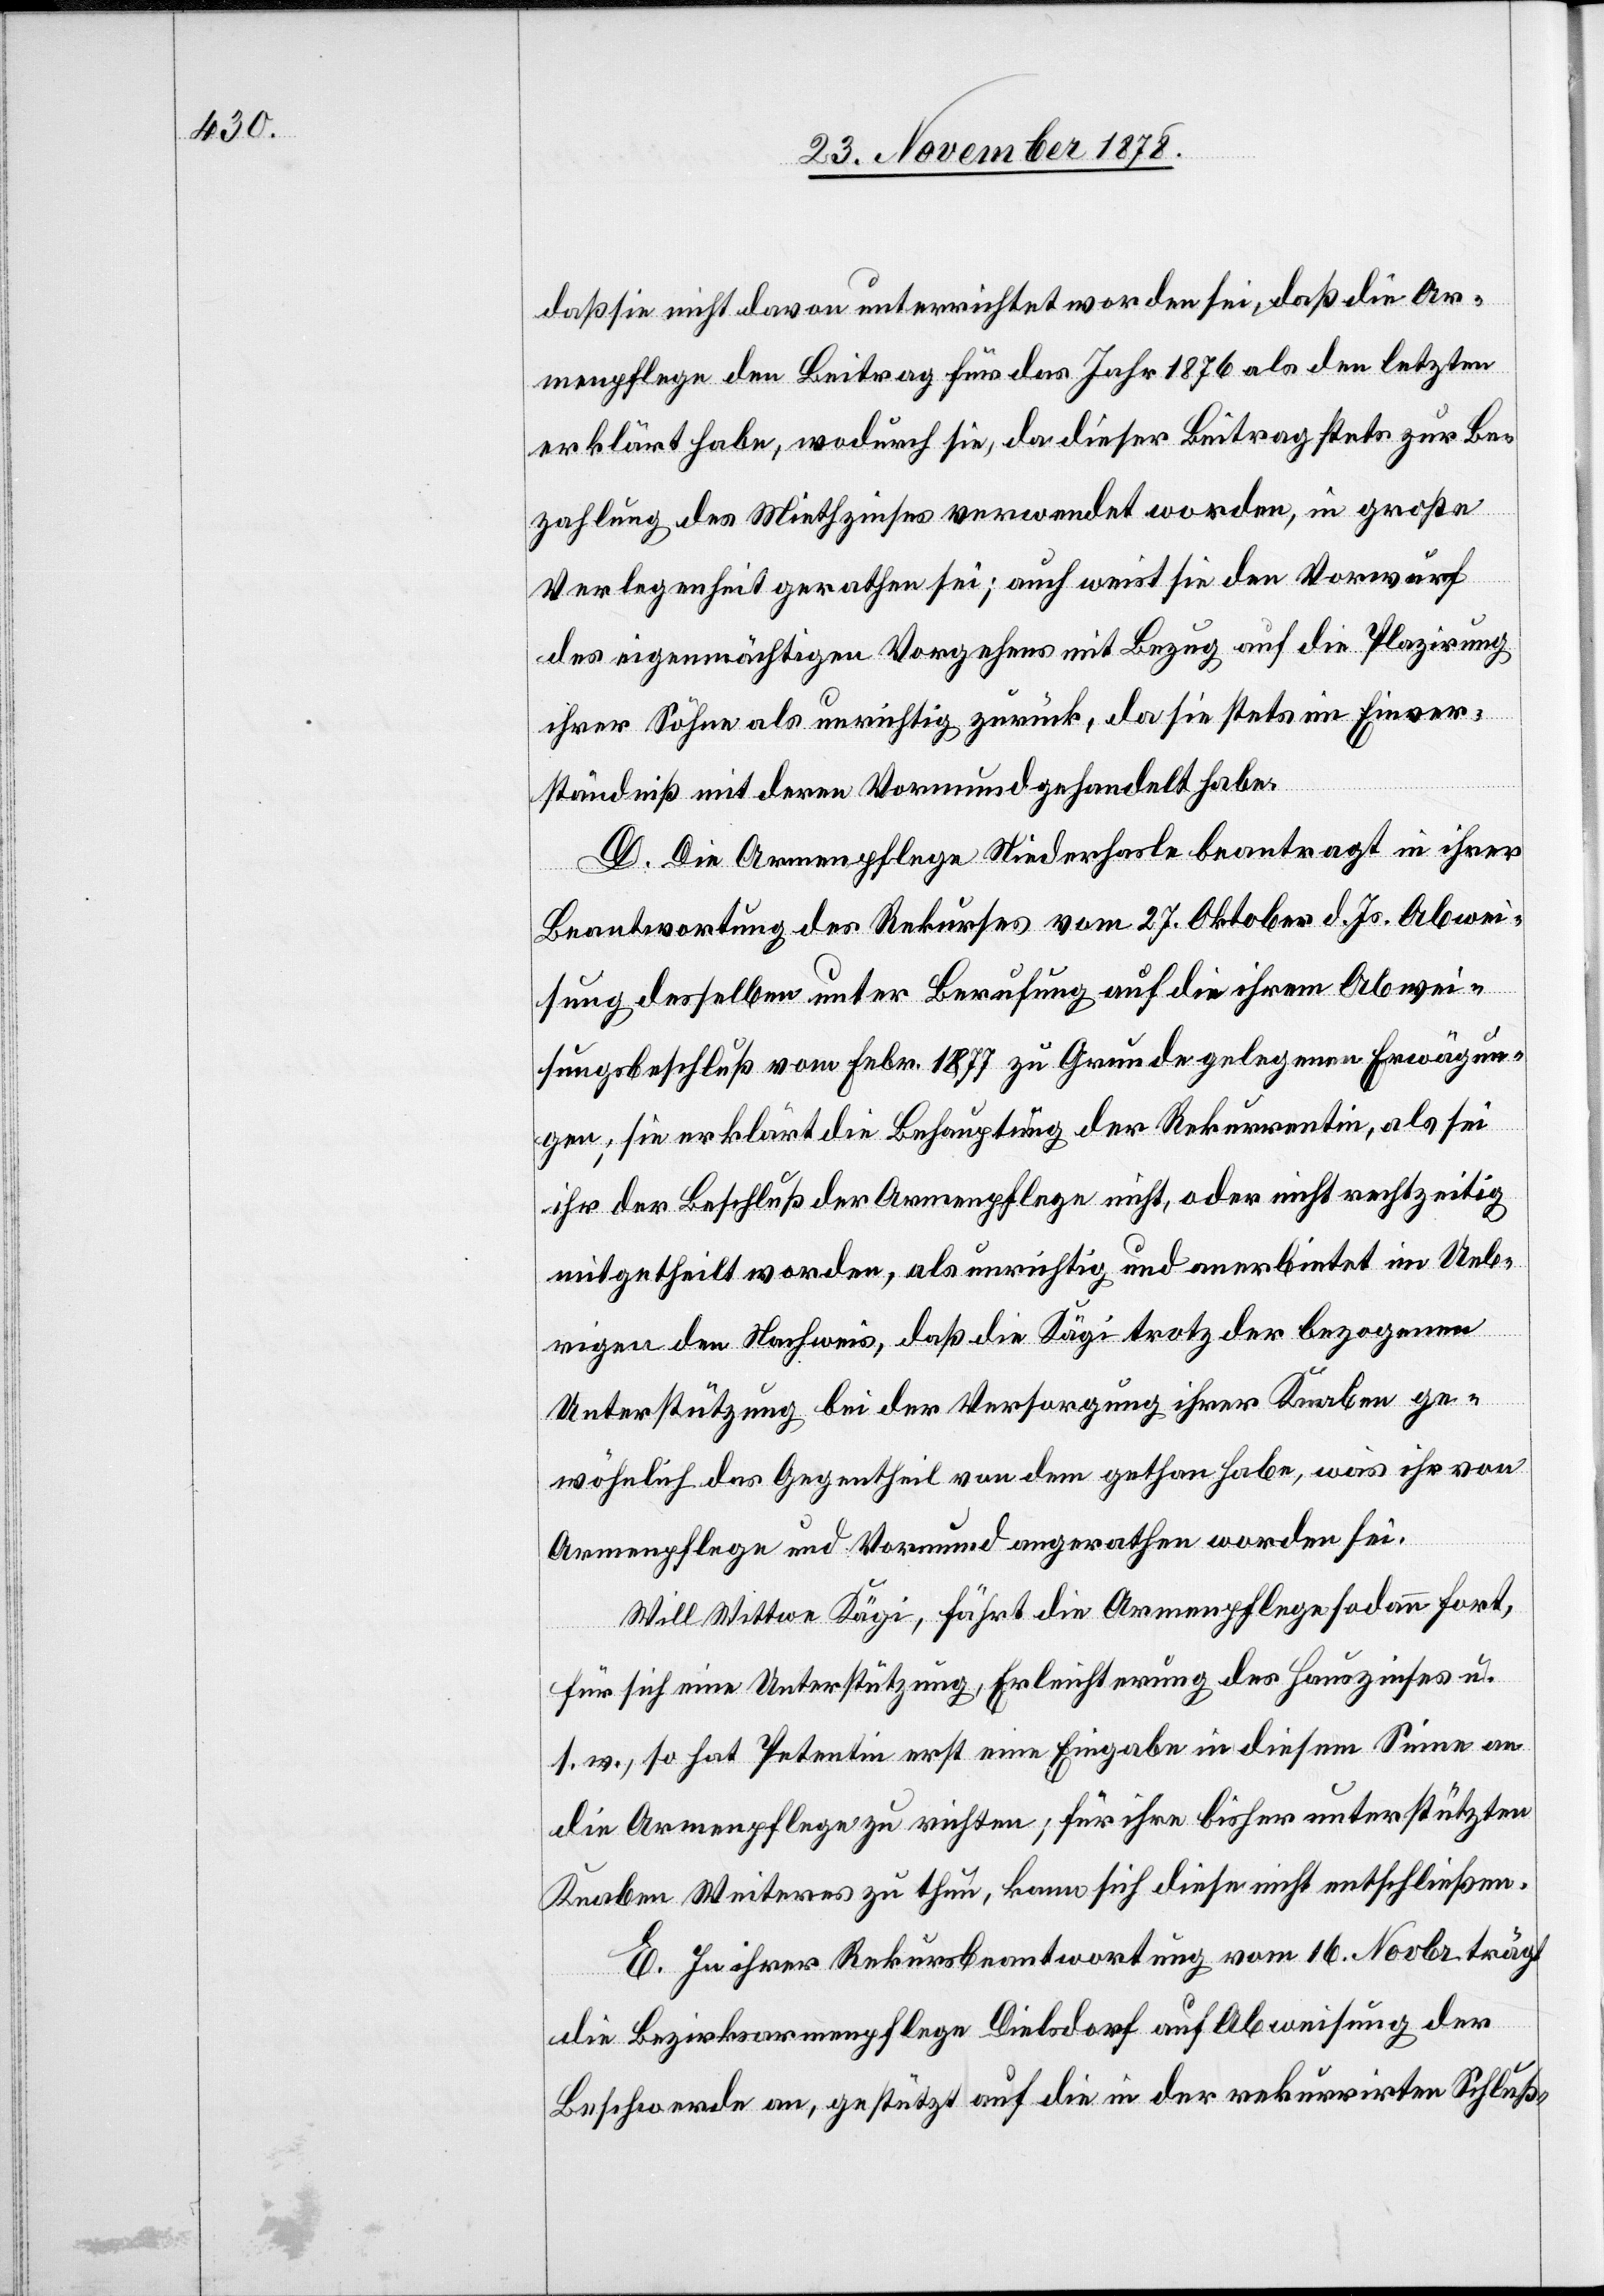
daß sie nicht davon unterrichtet worden sei, daß die Ar¬
menpflege den Beitrag für das Jahr 1876 als den letzten
erklärt habe, wodurch sie, da dieser Beitrag stets zur Be¬
zahlung des Miethzinses verwendet worden, in große
Verlegenheit gerathen sei; auch weist sie den Vorwurf
des eigenmächtigen Vorgehens mit Bezug auf die Plazirung
ihrer Söhne als unrichtig zurück, da sie stets im Einver¬
ständniß mit deren Vormund gehandelt habe.
D. Die Armenpflege Niederhasle beantragt in ihrer
Beantwortung des Rekurses vom 27. Oktober d. Js. Abwei¬
sung desselben unter Berufung auf die ihrem Abwei¬
sungsbeschluß vom Febr. 1877 zu Grunde gelegenen Erwägun¬
gen, sie erklärt die Behauptung der Rekurrentin, als sei
ihr der Beschluß der Armenpflege nicht, oder nicht rechtzeitig
mitgetheilt worden, als unrichtig und anerbietet im Ueb¬
rigen den Nachweis, daß die Kägi trotz der bezogenen
Unterstützung bei der Versorgung ihrer Knaben ge¬
wöhnlich das Gegentheil von dem gethan habe, was ihr von
Armenpflege und Vormund gerathen worden sei.
Will Wittwe Kägi, fährt die Armenpflege sodann fort,
für sich eine Unterstützung, Erleichterung des Hauszinses u.
s. w., so hat Petentin erst eine Eingabe in diesem Sinne an
die Armenpflege zu richten; für ihre bisher unterstützten
Knaben Weiteres zu thun, kann sich diese nicht entschließen.
E. In ihrer Rekursbeantwortung vom 16. Novbr. trägt
die Bezirksarmenpflege Dielsdorf auf Abweisung der
Beschwerde an, gestützt auf die in der rekurrirten Schluß-